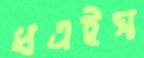
ধএইস